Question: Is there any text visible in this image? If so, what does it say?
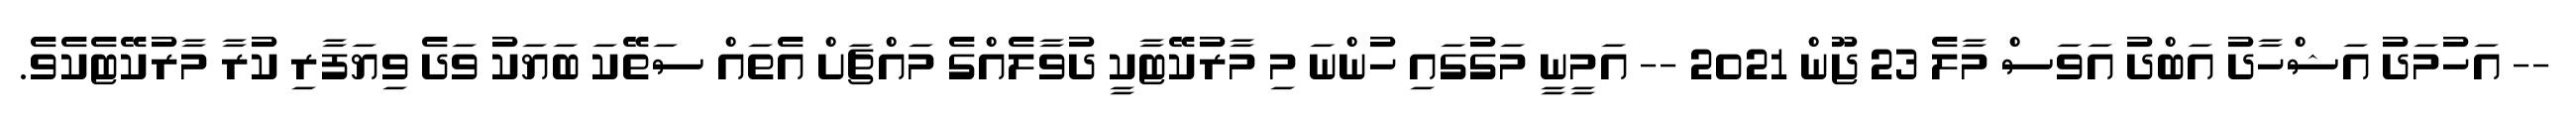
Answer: -- އަހުމަދު އަޝްހާދު އަބްދު އަވަސް މާލެ 23 ޖޫން 2021 -- އަމީނީ މަގުގައި ހުންނަ މި މާރުކޭޓާކީ ދުވާލެއްގެ މައްޗަށް އެތައް ސަތޭކަ ބަޔަކު ވަދެ ވިޔަފާރި ކުރާ މާރުކޭޓެކެވެ.